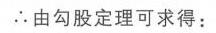
\(\therefore\)由勾股定理可求得：